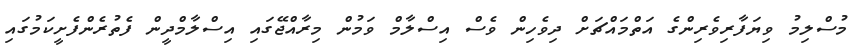
މުސްލިމު ވިޔަފާރިވެރިންގެ އަތްމައްޗަށް ދިވެހިން ވެސް އިސްލާމް ވަމުން މިރާއްޖޭގައި އިސްލާމްދީން ފެތުރެންފެށީކަމުގައި